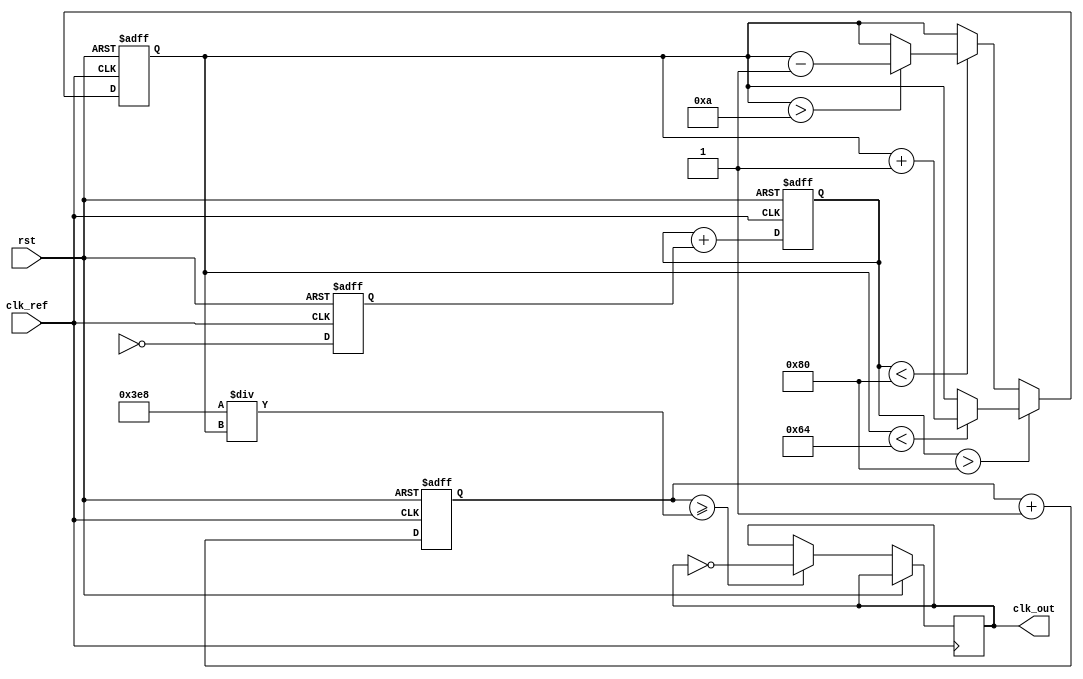
module pll (
    input wire clk_ref,         // Reference clock input
    input wire rst,             // Reset signal
    output wire clk_out         // Output clock from VCO
);
    // Parameters for PLL
    parameter integer VCO_MAX_FREQ = 100; // Max frequency for VCO
    parameter integer VCO_MIN_FREQ = 10;   // Min frequency for VCO
    parameter integer VCO_STEP = 1;         // Step size for VCO frequency adjustment

    // Internal signals
    reg [7:0] vco_freq;                // Current frequency of the VCO
    reg phase_error;                    // Phase error signal from phase detector
    reg [7:0] control_voltage;          // Control voltage for VCO
    wire vco_output;                    // VCO output signal

    // Phase Detector: Simple XOR for phase comparison
    always @(posedge clk_ref or posedge rst) begin
        if (rst) begin
            phase_error <= 0;
        end else begin
            phase_error <= ~vco_output; // Simple phase detection
        end
    end

    // Loop Filter: Simple first-order low-pass filter
    always @(posedge clk_ref or posedge rst) begin
        if (rst) begin
            control_voltage <= 0;
        end else begin
            control_voltage <= control_voltage + phase_error; // Integrate error signal
        end
    end

    // Voltage-Controlled Oscillator (VCO)
    always @(posedge clk_ref or posedge rst) begin
        if (rst) begin
            vco_freq <= VCO_MIN_FREQ; // Start frequency of VCO
        end else if (control_voltage > 128) begin
            if (vco_freq < VCO_MAX_FREQ)
                vco_freq <= vco_freq + VCO_STEP; // Increase frequency
        end else if (control_voltage < 128) begin
            if (vco_freq > VCO_MIN_FREQ)
                vco_freq <= vco_freq - VCO_STEP; // Decrease frequency
        end
    end

    // Generate VCO output
    reg [31:0] counter; // Counter for frequency generation
    always @(posedge clk_ref or posedge rst) begin
        if (rst) begin
            counter <= 0;
        end else begin
            counter <= counter + 1;
            if (counter >= (1000 / vco_freq)) // Adjust frequency based on vco_freq
                clk_out <= ~clk_out; // Toggle output
        end
    end

    // Assign the VCO output to clk_out
    assign clk_out = counter[31]; // Example output based on counter

endmodule